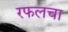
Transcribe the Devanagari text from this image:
रफलचा